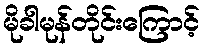
မိုခါမုန်တိုင်းကြောင့်